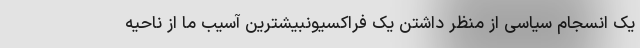
یک انسجام سیاسی از منظر داشتن یک فراکسیونبیشترین آسیب ما از ناحیه